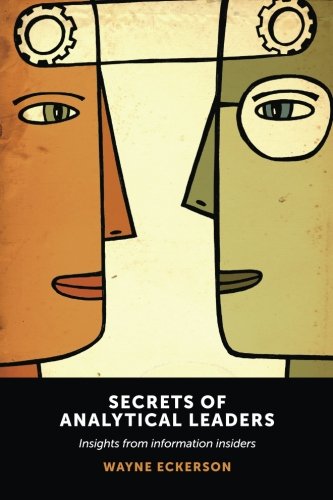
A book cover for Secrets of Analytical Leaders: Insights from Information Insiders; Wayne Eckerson; Computers & Technology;